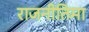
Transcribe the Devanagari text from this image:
राजनीतिमा